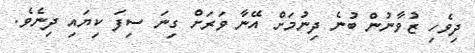
ދިވެހި ޒުވާނުން ބުނެ ދިނުމަށް އޭނާ ވަރަށް ގިނަ ސިފަ ކިޔައި ދިނެވެ.